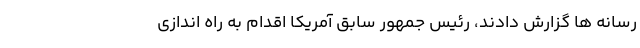
رسانه ها گزارش دادند،‌ رئیس جمهور سابق آمریکا اقدام به راه اندازی